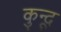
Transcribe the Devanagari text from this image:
कुन्दू